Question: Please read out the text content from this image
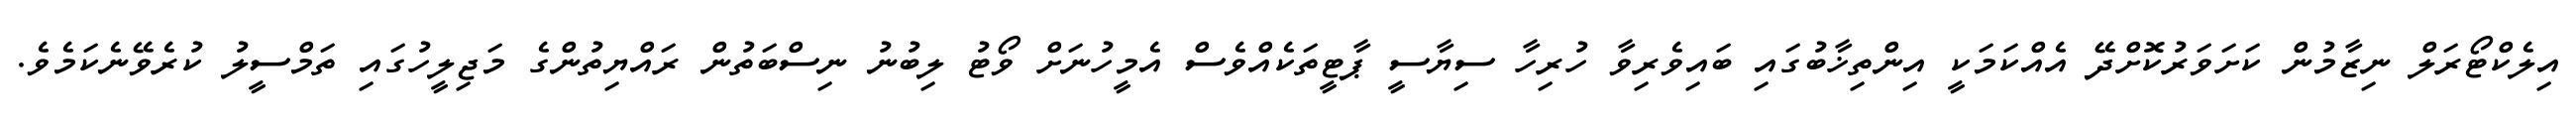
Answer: އިލެކްޓޯރަލް ނިޒާމުން ކަށަވަރުކޮށްދޭ އެއްކަމަކީ އިންތިޚާބުގައި ބައިވެރިވާ ހުރިހާ ސިޔާސީ ޕާޓީތަކެއްވެސް އެމީހުނަށް ވޯޓު ލިބުނު ނިސްބަތުން ރައްޔިތުންގެ މަޖިލީހުގައި ތަމްސީލު ކުރެވޭނެކަމެވެ.